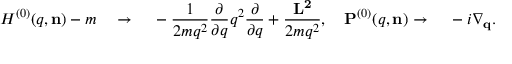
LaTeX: H ^ { ( 0 ) } ( q , { \bf n } ) - m { \quad } \rightarrow { \quad } - \frac { 1 } { { 2 m } { q } ^ { 2 } } \frac { \partial } { { \partial } { q } } { q } ^ { 2 } \frac { \partial } { { \partial } { q } } + \frac { \bf L ^ { 2 } } { 2 m q ^ { 2 } } , { \quad } { \bf P } ^ { ( 0 ) } ( q , { \bf n } ) \rightarrow { \quad } - i \nabla _ { \bf q } .